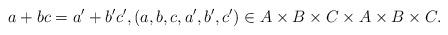
LaTeX: \begin{align*}a+bc = a'+b'c',(a,b,c,a',b',c')\in A\times B\times C \times A\times B\times C.\end{align*}